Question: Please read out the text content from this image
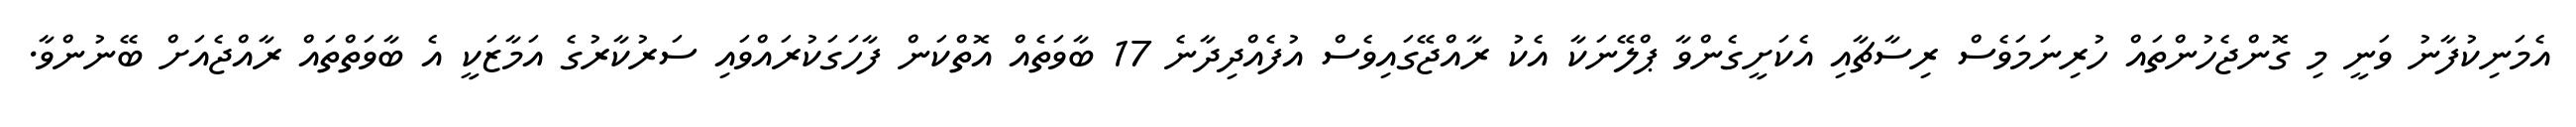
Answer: އެމަނިކުފާނު ވަނީ މި ގޮންޖެހުންތައް ހުރިނަމަވެސް ރިސާޗާއި އެކަށީގެންވާ ޕްލޭނަކާ އެކު ރާއްޖޭގައިވެސް އުފެއްދިދާނެ 17 ބާވަތެއް އޮތްކަން ފާހަގަކުރައްވައި ސަރުކާރުގެ އަމާޒަކީ އެ ބާވަތްތައް ރާއްޖެއަށް ބޭނުންވާ.